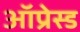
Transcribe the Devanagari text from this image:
ऑप्रेस्ड